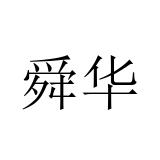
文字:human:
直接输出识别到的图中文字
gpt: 舜华